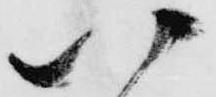
い